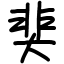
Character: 奜